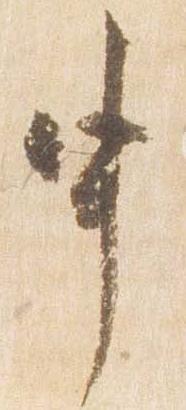
申